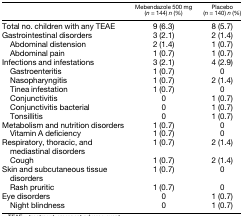
|  | Mebendazole 500 mg (n = 144) n (%) | Placebo (n = 140) n (%) |
 | --- | --- | --- |
 | Total no. children with any TEAE | 9 (6.3) | 8 (5.7) |
 | Gastrointestinal disorders | 3 (2.1) | 2 (1.4) |
 | Abdominal distension | 2 (1.4) | 1 (0.7) |
 | Abdominal pain | 1 (0.7) | 1 (0.7) |
 | Infections and infestations | 3 (2.1) | 4 (2.9) |
 | Gastroenteritis | 1 (0.7) | 0 |
 | Nasopharyngitis | 1 (0.7) | 2 (1.4) |
 | Tinea infestation | 1 (0.7) | 0 |
 | Conjunctivitis | 0 | 1 (0.7) |
 | Conjunctivitis bacterial | 0 | 1 (0.7) |
 | Tonsillitis | 0 | 1 (0.7) |
 | Metabolism and nutrition disorders | 1 (0.7) | 0 |
 | Vitamin A deficiency | 1 (0.7) | 0 |
 | Respiratory, thoracic, and mediastinal disorders | 1 (0.7) | 2 (1.4) |
 | Cough | 1 (0.7) | 2 (1.4) |
 | Skin and subcutaneous tissue disorders | 1 (0.7) | 0 |
 | Rash pruritic | 1 (0.7) | 0 |
 | Eye disorders | 0 | 1 (0.7) |
 | Night blindness | 0 | 1 (0.7) |